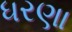
ધરણા